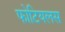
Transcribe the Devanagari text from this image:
फोटियलस